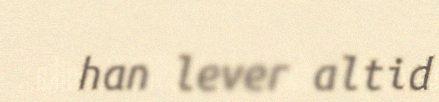
han lever altid